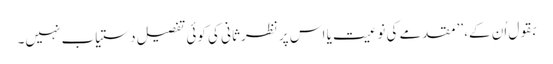
بقول اُن کے، ’’مقدمے کی نوعیت یا اس پر نظرثانی کی کوئی تفصیل دستیاب نہیں۔